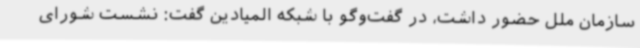
سازمان ملل حضور داشت، در گفت‌وگو با شبکه المیادین گفت: نشست شورای